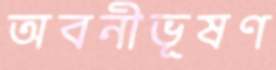
অবনীভূষণ